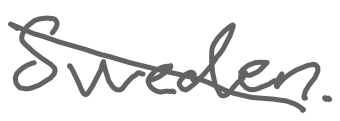
Text: Sweden.
Cross-out: diagonal
Writing tool: digital_gray